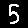
Digit: 5